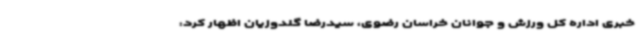
خبری اداره کل ورزش و جوانان خراسان رضوی، سیدرضا گلدوزیان اظهار کرد: